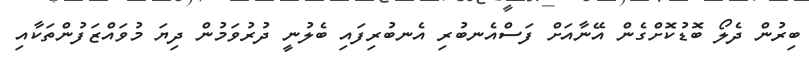
ބިރުން ދެލޯ ބޮޑުކޮށްގެން އޭނާއަށް ފަސްއެނބުރި އެނބުރިފައި ބެލުނީ ދުރުވަމުން ދިޔަ މުވައްޒަފުންތަކާއި